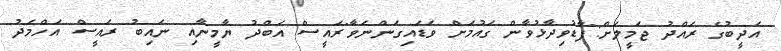
އަދީބުގެ ރައްދު ޖަމީލަށް:"ފާޑުވިދާޅުވާން ގައުމަށް ވަޑައިގަންނަވާ"ރައީސް އަބްދު ޔާމީނާއި ނައިބު ރައީސް އަހްމަދު